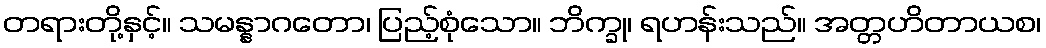
တရားတို့နှင့်။ သမန္နာဂတော၊ ပြည့်စုံသော။ ဘိက္ခု၊ ရဟန်းသည်။ အတ္တဟိတာယစ၊